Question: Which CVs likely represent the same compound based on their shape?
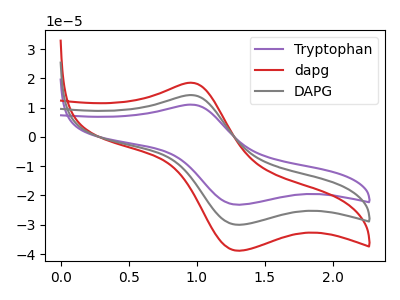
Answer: <think>The purple curve "Tryptophan" has an anodic peak at (0.95V, 28.55uA) and a cathodic peak at (1.30V, -60.00uA). The red curve "dapg" has an anodic peak at (0.95V, 18.50uA) and a cathodic peak at (1.30V, -38.85uA). The gray curve "DAPG" has an anodic peak at (0.95V, 14.30uA) and a cathodic peak at (1.30V, -30.00uA).
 All the peaks in "Tryptophan" have a peak in "dapg" at the same potential. Every peak in "Tryptophan" is higher than every peak in "dapg". All the peaks in "Tryptophan" have a peak in "DAPG" at the same potential. Every peak in "Tryptophan" is higher than every peak in "DAPG". All the peaks in "dapg" have a peak in "DAPG" at the same potential. Every peak in "dapg" is higher than every peak in "DAPG".</think>
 <answer>"dapg", "Tryptophan" and "DAPG" have the same shape and are likely CV's of the same chemical.</answer>
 <eval>"dapg" "Tryptophan" "DAPG"</eval>